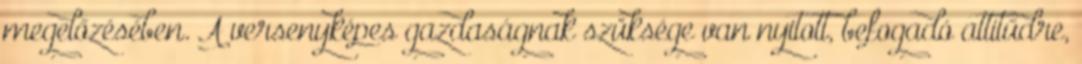
megelőzésében. A versenyképes gazdaságnak szüksége van nyitott, befogadó attitűdre,